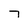
Character: 7